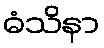
ဓံသိနာ